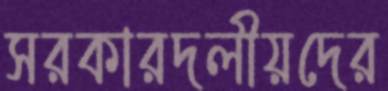
সরকারদলীয়দের